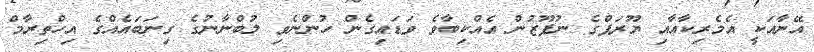
އޭނާއަކީ އެމެރިކާއާއި ޔޫރަޕްގެ ނުފޫޒުން އެއްކިބާވެ ވަޑައިގެން ހުންނެވި ލުބްނާނުގެ ގިނަބައެއްގެ އިހްތިރާމް